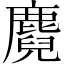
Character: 麑